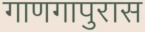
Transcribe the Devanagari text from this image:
गाणगापुरास